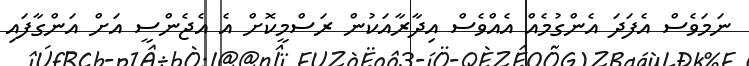
ނަމަވެސް އެފަދަ އެންގުމެއް އެއްވެސް އިދާރާއަކުން ރަސްމީކޮށް އެ އެޖެންސީ އަށް އަންގާފައި